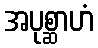
အပုစ္ဆာဟံ